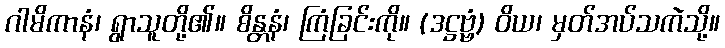
ဂါမိကာနံ၊ ရွာသူတို့၏။ စိန္တနံ၊ ကြံခြင်းကို။ (ဒဋ္ဌဗ္ဗံ) ဝိယ၊ မှတ်အပ်သကဲသို့။